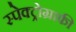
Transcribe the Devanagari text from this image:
स्पेक्ट्रोग्राफी